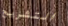
التشريح